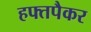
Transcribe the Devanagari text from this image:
हफ्तपैकर